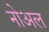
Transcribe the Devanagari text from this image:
नोअल